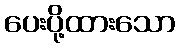
ပေးပို့ထားသော